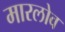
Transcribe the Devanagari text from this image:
मारलोव